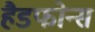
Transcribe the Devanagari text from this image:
हैडफोन्स